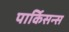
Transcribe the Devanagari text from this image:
पार्किसन्स